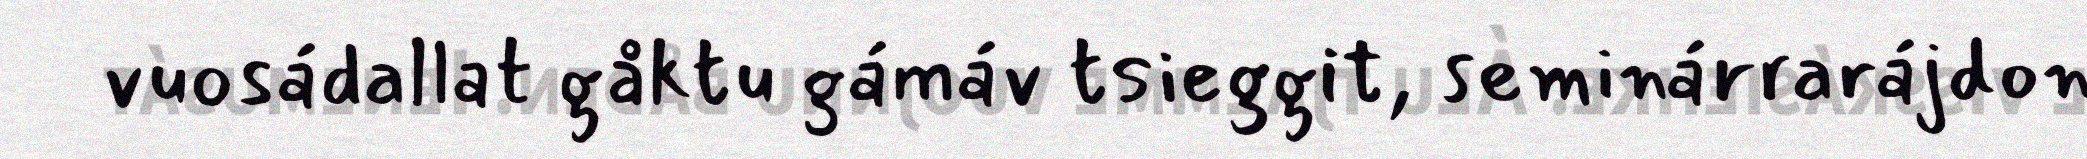
vuosádallat gåktu gámáv tsieggit, seminárrarájdon